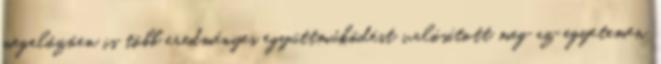
megelôzôen is több eredményes együttmûködést valósított meg az egyetemen